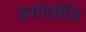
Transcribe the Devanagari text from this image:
इकॉलॉजि